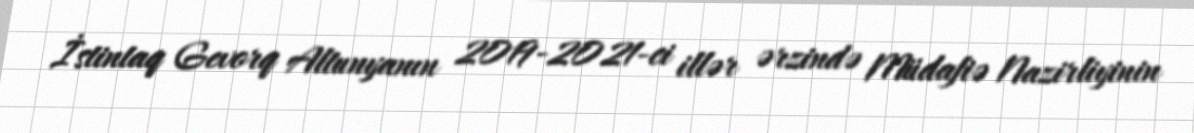
İstintaq Gevorq Altunyanın 2019-2021-ci illər ərzində Müdafiə Nazirliyinin